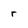
Character: O